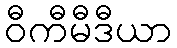
ဝီကီမီဒီယာ